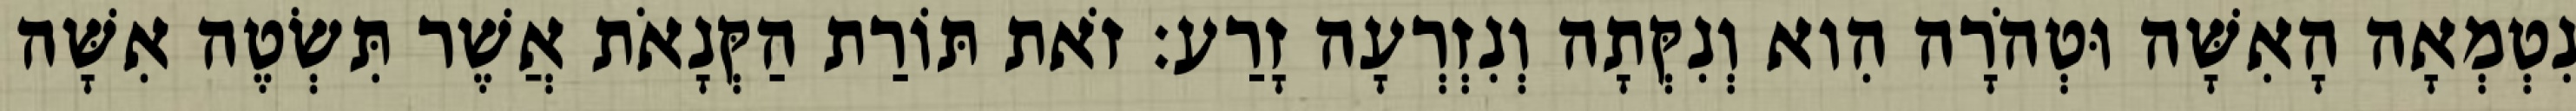
נִטְמְאָה הָאִשָּׁה וּטְהֹרָה הִוא וְנִקְּתָה וְנִזְרְעָה זָרַע׃ זֹאת תּוֹרַת הַקְּנָאֹת אֲשֶׁר תִּשְׂטֶה אִשָּׁה